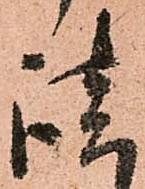
談